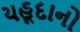
યહૂદાનો